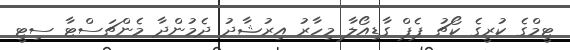
ޓީމްގެ ކުރީގެ ކޯޗު ޕެޕް ގާޑިއޯލާ މިހާރު އިރުޝާދު ދެމުންދާ މެންޗަސްޓާ ސިޓީ